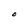
Character: O